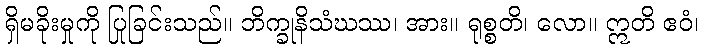
ရှိမခိုးမှုကို ပြုခြင်းသည်။ ဘိက္ခုနိသံဃဿ၊ အား။ ရုစ္စတိ၊ လော။ ဣတိ ဧဝံ၊